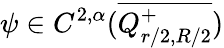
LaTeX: \psi\in C^{2,\alpha}(\overline{{Q_{{r}/{2},{R}/{2}}^{+}}})